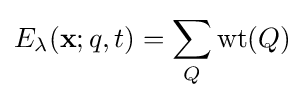
E_{\lambda }({\textbf {x}};q,t)=\sum _{Q}\mathrm {wt} (Q)